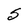
Character: S